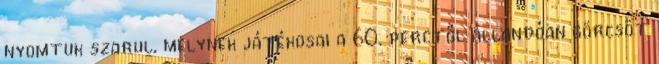
nyomtuk szarul, melynek játékosai a 60. perctől állandóan görcsöt